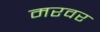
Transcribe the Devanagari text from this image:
मरवर